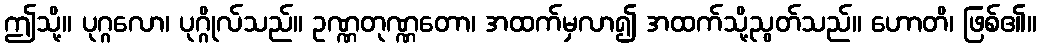
ဤသို့။ ပုဂ္ဂလော၊ ပုဂ္ဂိုလ်သည်။ ဥဏ္ဏတုဏ္ဏတော၊ အထက်မှလာ၍ အထက်သို့ညွတ်သည်။ ဟောတိ၊ ဖြစ်၏။